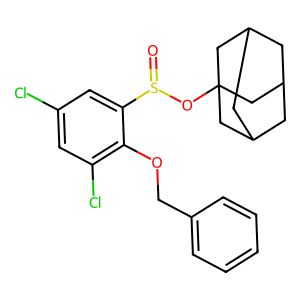
SMILES: O=S(OC12CC3CC(CC(C3)C1)C2)c1cc(Cl)cc(Cl)c1OCc1ccccc1
Inhibits HIV replication: No